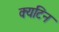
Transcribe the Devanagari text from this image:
क्यटिन